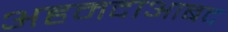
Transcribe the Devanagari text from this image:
अहमदाआबद